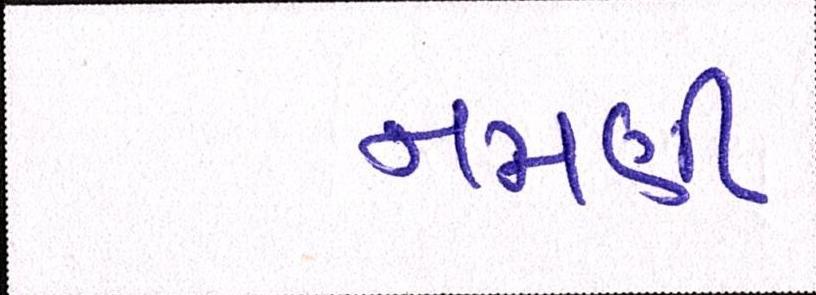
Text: નમણી